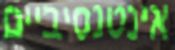
אינטנסיביים